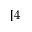
[ 4